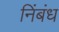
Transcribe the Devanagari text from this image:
निंबंध